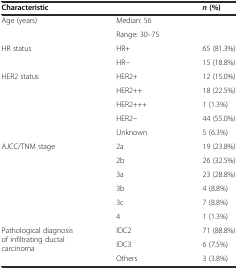
<table><thead><tr><td colspan="2"><b>Characteristic</b></td><td><b><i>n</i>(%)</b></td></tr></thead><tbody><tr><td rowspan="2">Age (years)</td><td>Median: 56</td><td rowspan="2"></td></tr><tr><td>Range: 30–75</td></tr><tr><td rowspan="2">HR status</td><td>HR+</td><td>65 (81.3%)</td></tr><tr><td>HR−</td><td>15 (18.8%)</td></tr><tr><td rowspan="5">HER2 status</td><td>HER2+</td><td>12 (15.0%)</td></tr><tr><td>HER2++</td><td>18 (22.5%)</td></tr><tr><td>HER2+++</td><td>1 (1.3%)</td></tr><tr><td>HER2−</td><td>44 (55.0%)</td></tr><tr><td>Unknown</td><td>5 (6.3%)</td></tr><tr><td rowspan="6">AJCC/TNM stage</td><td>2a</td><td>19 (23.8%)</td></tr><tr><td>2b</td><td>26 (32.5%)</td></tr><tr><td>3a</td><td>23 (28.8%)</td></tr><tr><td>3b</td><td>4 (8.8%)</td></tr><tr><td>3c</td><td>7 (8.8%)</td></tr><tr><td>4</td><td>1 (1.3%)</td></tr><tr><td rowspan="3">Pathological diagnosis of infiltrating ductal carcinoma</td><td>IDC2</td><td>71 (88.8%)</td></tr><tr><td>IDC3</td><td>6 (7.5%)</td></tr><tr><td>Others</td><td>3 (3.8%)</td></tr></tbody></table>